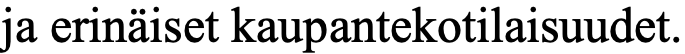
ja erinäiset kaupantekotilaisuudet.